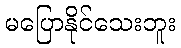
မပြောနိုင်သေးဘူး